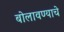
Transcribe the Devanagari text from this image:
बोलावण्याचे